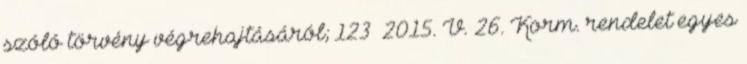
szóló törvény végrehajtásáról; 123 2015. V. 26. Korm. rendelet egyes